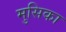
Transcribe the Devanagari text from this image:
मुसिका